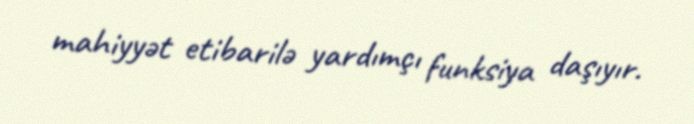
mahiyyət etibarilə yardımçı funksiya daşıyır.